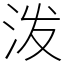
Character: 泼